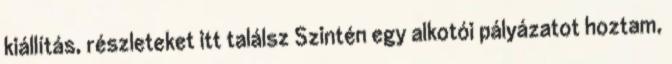
kiállítás, részleteket itt találsz Szintén egy alkotói pályázatot hoztam,